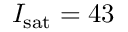
I _ { \mathrm { s a t } } = 4 3